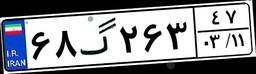
۶۸گ۲۶۳۴۷